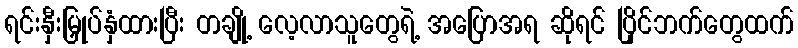
ရင်းနှီးမြှုပ်နှံထားပြီး တချို့ လေ့လာသူတွေရဲ့ အပြောအရ ဆိုရင် ပြိုင်ဘက်တွေထက်